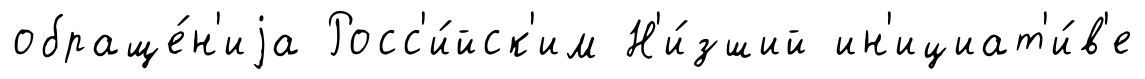
обраще́н'иjа Росс'и́йск'им Н'и́зший ин'ициат'и́в'е